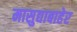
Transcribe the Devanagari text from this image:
मासुद्याबाहेर